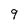
Character: 9